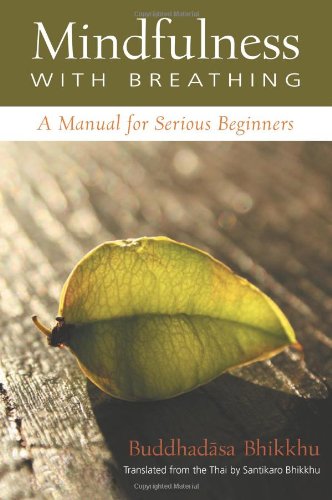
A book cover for Mindfulness With Breathing : A Manual for Serious Beginners; Buddhadasa Bhikkhu; Religion & Spirituality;